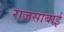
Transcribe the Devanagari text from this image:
राजसाबाई